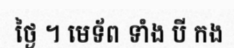
ថ្ងៃ ។ មេទ័ព ទាំង បី កង